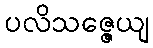
ပလိသဇ္ဇေယျ